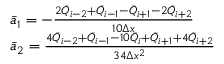
\begin{array} { r l } & { { { { \bar { a } } } _ { 1 } } = - \frac { 2 { { { \bar { Q } } } _ { i - 2 } } + { { { \bar { Q } } } _ { i - 1 } } - { { { \bar { Q } } } _ { i + 1 } } - 2 { { { \bar { Q } } } _ { i + 2 } } } { 1 0 \Delta x } } \\ & { { { { \bar { a } } } _ { 2 } } = \frac { 4 { { { \bar { Q } } } _ { i - 2 } } + { { { \bar { Q } } } _ { i - 1 } } - 1 0 { { { \bar { Q } } } _ { i } } + { { { \bar { Q } } } _ { i + 1 } } + 4 { { { \bar { Q } } } _ { i + 2 } } } { 3 4 \Delta { { x } ^ { 2 } } } } \end{array}